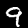
Digit: 9